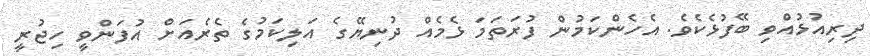
ދިރިއުޅުއްވި ބޭފުޅެކެވެ. އެހެންކަމުން ފުރަތަމަ ޅެމެއް ދުނިޔޭގެ އަލިކަމުގެ ތެރެއަށް އުފަންވީ ހިޖުރީ